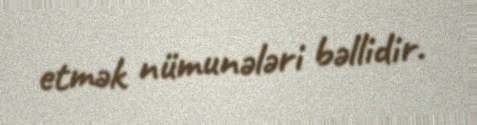
etmək nümunələri bəllidir.